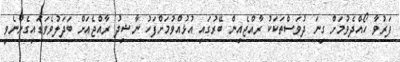
ފަރުވާ ހޯއްދެވުމަށް ގިނަ ދުވަސްތަކަކު ރާއްޖެއިން ބޭރުގައި އުޅުއްވުމަށްފަހު ނާޝިދު ރާއްޖެއަށް ބަދަލުވެވަޑައިގެންނެވީ